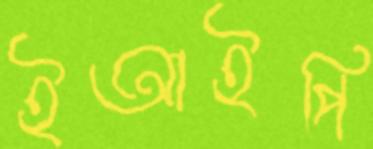
ইআইপি